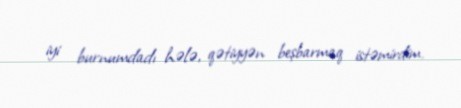
iyi burnumdadı hələ, qətiyyən beşbarmaq istəmirdim.